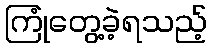
ကြုံတွေ့ခဲ့ရသည့်